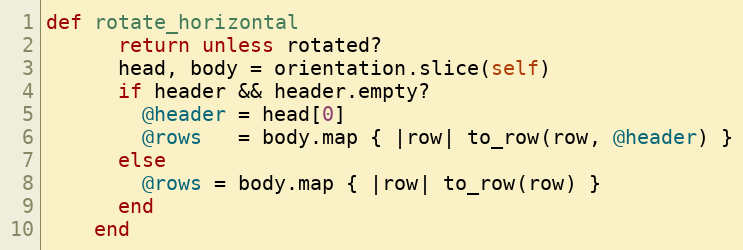
Language: Ruby
def rotate_horizontal
      return unless rotated?
      head, body = orientation.slice(self)
      if header && header.empty?
        @header = head[0]
        @rows   = body.map { |row| to_row(row, @header) }
      else
        @rows = body.map { |row| to_row(row) }
      end
    end